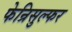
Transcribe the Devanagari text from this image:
फेन्रिसुल्फर